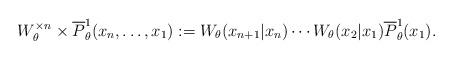
LaTeX: \begin{align*}W^{\times n}_\theta \times \overline{P}^1_\theta(x_n,\ldots, x_1):= W_\theta(x_{n+1}|x_{n})\cdots W_\theta(x_2|x_{1}) \overline{P}^1_\theta(x_1).\end{align*}